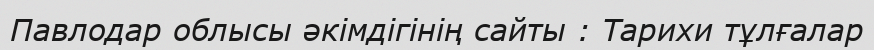
Павлодар облысы әкімдігінің сайты : Тарихи тұлғалар